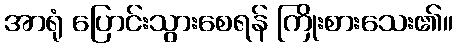
အာရုံ ပြောင်းသွားစေရန် ကြိုးစားသေး၏။